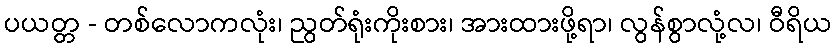
ပယတ္တ - တစ်လောကလုံး၊ ညွတ်ရုံးကိုးစား၊ အားထားဖို့ရာ၊ လွန်စွာလုံ့လ၊ ဝီရိယ